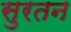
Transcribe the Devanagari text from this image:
सुरतन